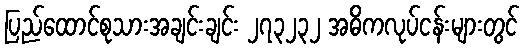
ပြည်ထောင်စုသားအချင်းချင်း ၂၇၃၂၃၂ အဓိကလုပ်ငန်းများတွင်